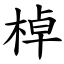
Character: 棹